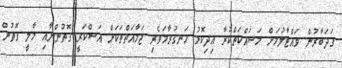
ގަދަބާރުން ވައްޓާލުމަށް މަސައްކަތްކުރާ އިދިކޮޅު ހަނގުރާމަވެރި ޖަމާއަތްތަކަށް އަސްކަރީ ގޮތުންނާއި މާލީ ގޮތުން